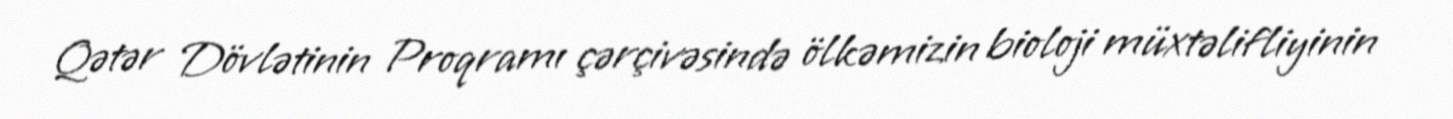
Qətər Dövlətinin Proqramı çərçivəsində ölkəmizin bioloji müxtəlifliyinin